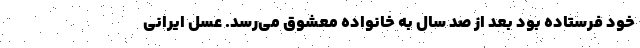
خود فرستاده بود بعد از صد سال به خانواده معشوق می‌رسد. عسل ایرانی